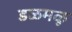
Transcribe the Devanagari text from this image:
डळमळू